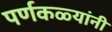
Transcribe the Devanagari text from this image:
पर्णकळ्यांनी